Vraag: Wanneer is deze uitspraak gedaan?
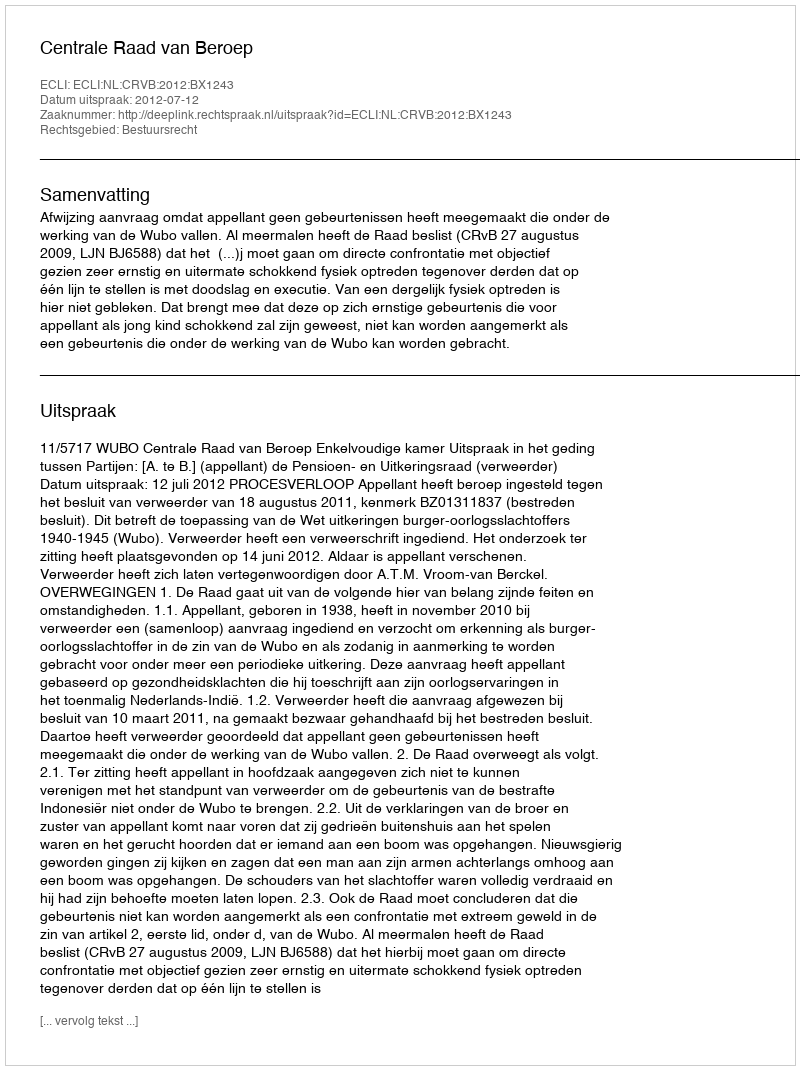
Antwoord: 2012-07-12